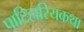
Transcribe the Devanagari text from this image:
पाटिहारियकथा